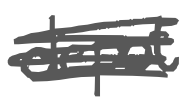
Text: depot
Cross-out: mix
Writing tool: digital_gray